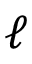
\ell